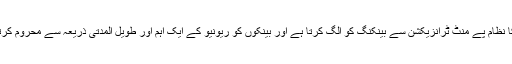
چین کا نظام پے منٹ ٹرانزیکشن سے بینکنگ کو الگ کرتا ہے اور بینکوں کو ریونیو کے ایک اہم اور طویل المدتی ذریعہ سے محروم کرتا ہے۔